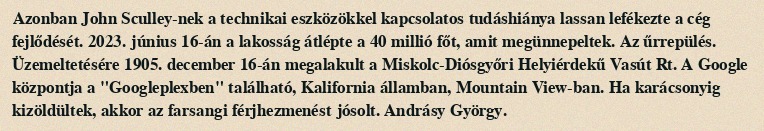
Azonban John Sculley-nek a technikai eszközökkel kapcsolatos tudáshiánya lassan lefékezte a cég fejlődését. 2023. június 16-án a lakosság átlépte a 40 millió főt, amit megünnepeltek. Az űrrepülés. Üzemeltetésére 1905. december 16-án megalakult a Miskolc-Diósgyőri Helyiérdekű Vasút Rt. A Google központja a "Googleplexben" található, Kalifornia államban, Mountain View-ban. Ha karácsonyig kizöldültek, akkor az farsangi férjhezmenést jósolt. Andrásy György.